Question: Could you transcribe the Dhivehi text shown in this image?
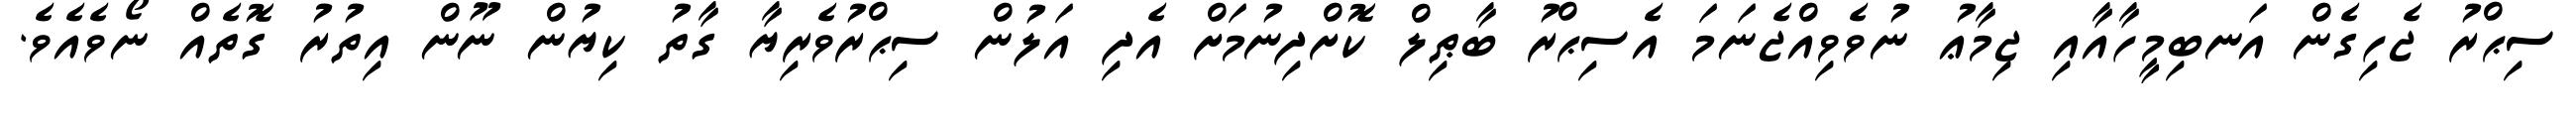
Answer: ސިޙްރު ޖެހިގެން އަނބިމީހާއާއި ޖިމާޢު ނުވެވިއްޖެނަމަ އެސިޙްރު ބާޠިލް ކޮށްދިނުމަށް އެދި އަލުން ސިޙްރުވެރިޔާ ގާތު ކިޔުން ނޫން އިތުރު ގޮތެއް ނޯވެއެވެ.